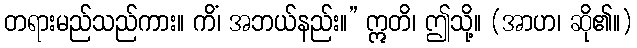
တရားမည်သည်ကား။ ကိံ၊ အဘယ်နည်း။” ဣတိ၊ ဤသို့။ (အာဟ၊ ဆို၏။)